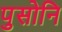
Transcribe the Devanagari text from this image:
पुसोनि